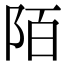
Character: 陌